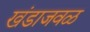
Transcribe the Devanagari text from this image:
खंडाजवळ